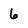
Character: 6